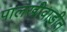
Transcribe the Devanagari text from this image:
पालखीवाडीत